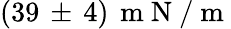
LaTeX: (39\, \pm\, 4)\, \mathrm{~m~N~/~m~}